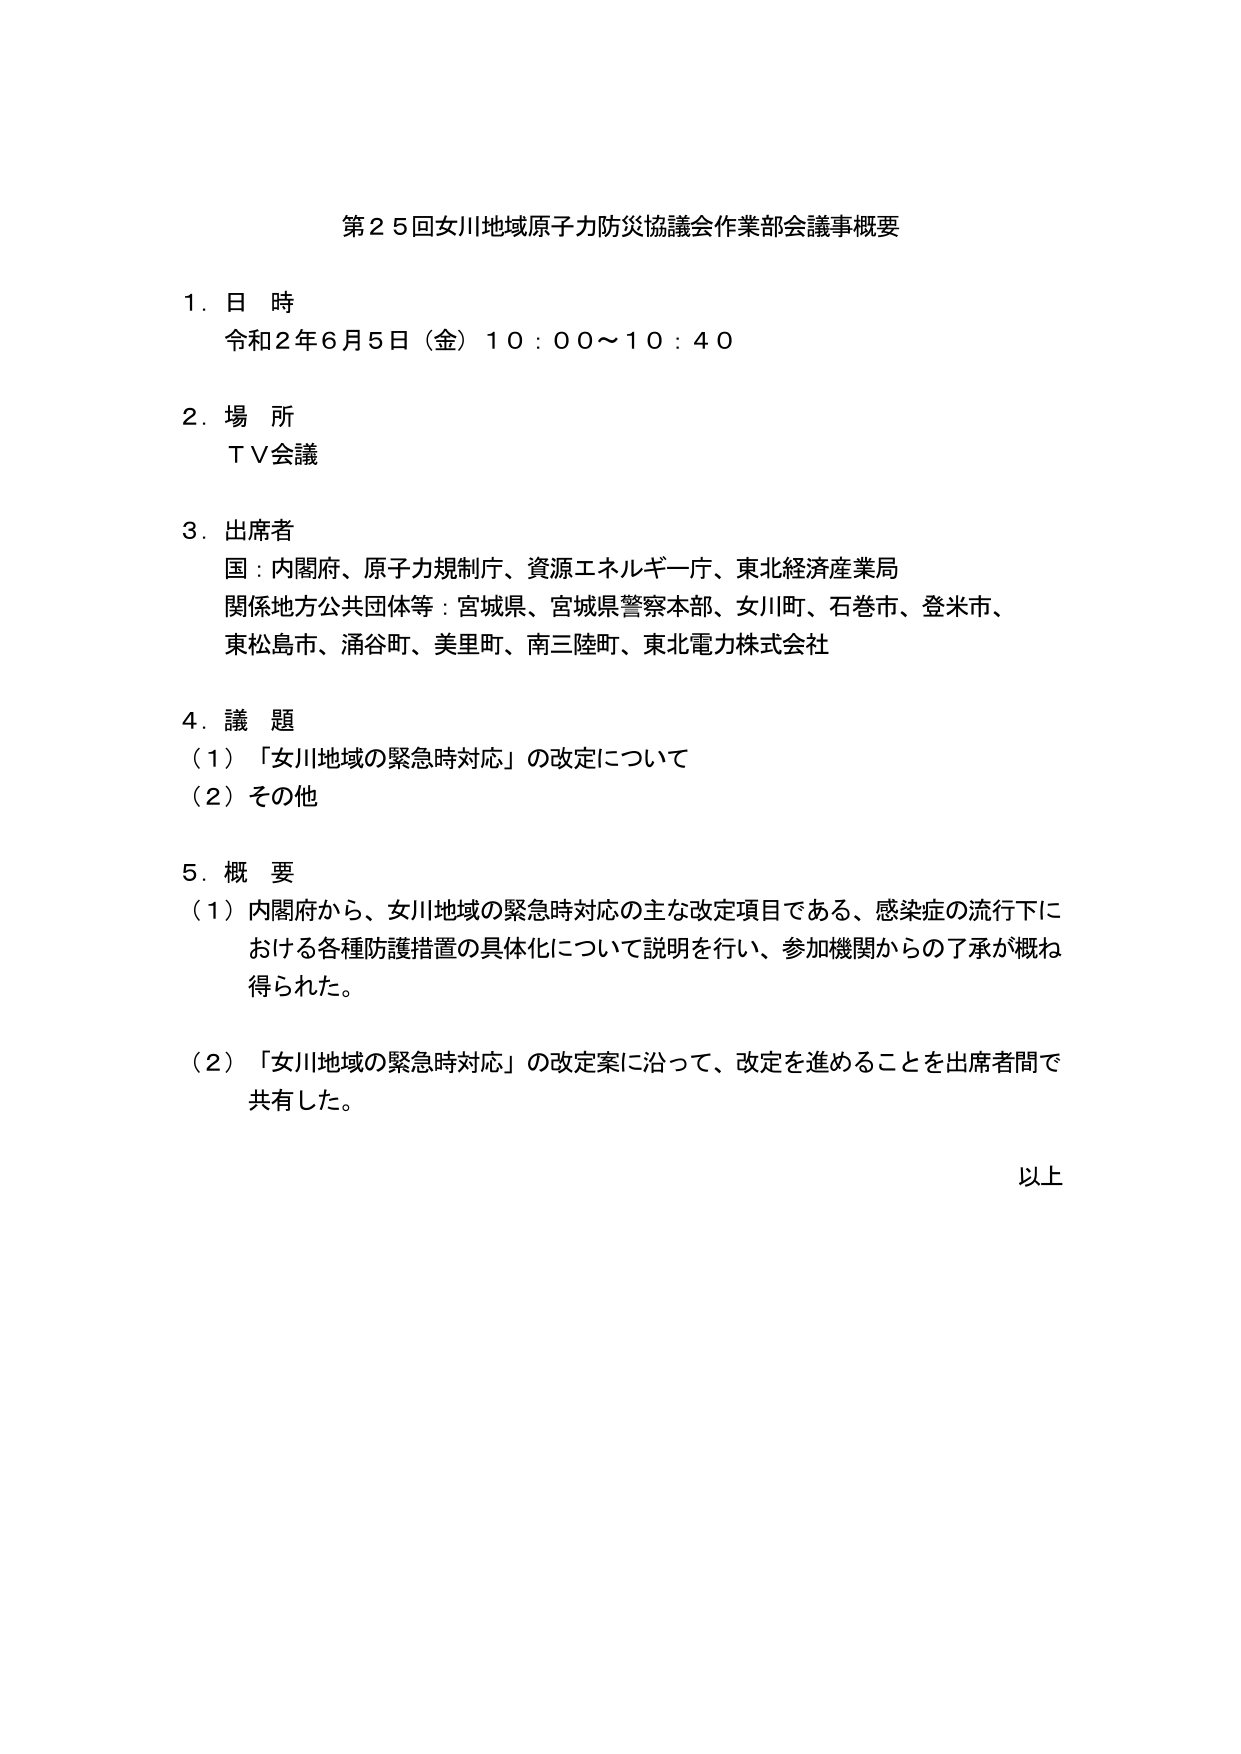
第２５回女川地域原子力防災協議会作業部会議事概要

１．日 時
令和２年６月５日（金）１０：００～１０：４０

２．場 所
ＴＶ会議

３．出席者
国：内閣府、原子力規制庁、資源エネルギー庁、東北経済産業局
関係地方公共団体等：宮城県、宮城県警察本部、女川町、石巻市、登米市、
東松島市、涌谷町、美里町、南三陸町、東北電力株式会社

４．議 題
（１）「女川地域の緊急時対応」の改定について
（２）その他

５．概 要
（１）内閣府から、女川地域の緊急時対応の主な改定項目である、感染症の流行下に
おける各種防護措置の具体化について説明を行い、参加機関からの了承が概ね
得られた。
（２）「女川地域の緊急時対応」の改定案に沿って、改定を進めることを出席者間で
共有した。

以上